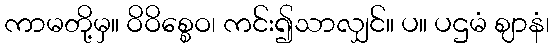
ကာမတို့မှ။ ဝိဝိစ္စေဝ၊ ကင်း၍သာလျှင်။ ပ။ ပဌမံ ဈာနံ၊